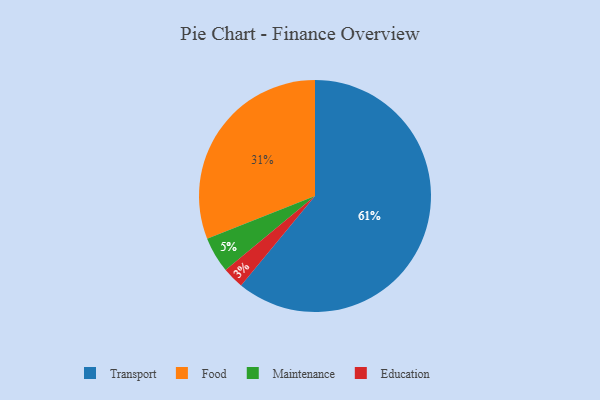
{"axis": {"x": "Category", "y": "Percentage"}, "legend": ["Education", "Food", "Maintenance", "Transport"], "data": [{"x": "Transport", "y": 61, "type": "Transport"}, {"x": "Food", "y": 31, "type": "Food"}, {"x": "Education", "y": 3, "type": "Education"}, {"x": "Maintenance", "y": 5, "type": "Maintenance"}]}